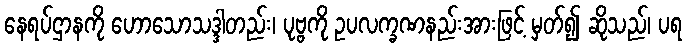
နေရပ်ဌာနကို ဟောသောသဒ္ဒါတည်း၊ ပုဗ္ဗကို ဥပလက္ခဏနည်းအားဖြင့် မှတ်၍ ဆိုသည်၊ ပရ